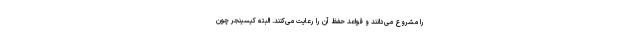
را مشروع می‌دانند و قواعد حفظ آن را رعایت می‌کنند. البته کیسینجر چون